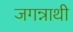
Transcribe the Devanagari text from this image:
जगन्नाथी